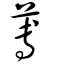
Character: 蒪